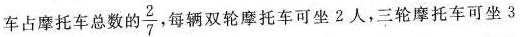
车占摩托车总数的\frac{2}{7}，每辆双轮摩托车可坐2人，三轮摩托车可坐3